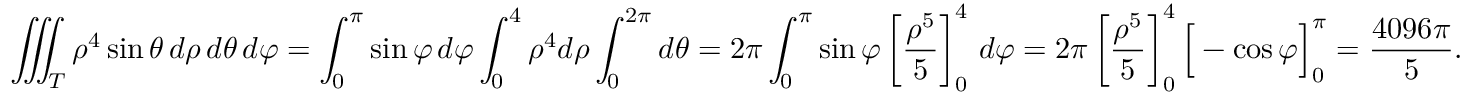
\iiint _ { T } \rho ^ { 4 } \sin \theta \, d \rho \, d \theta \, d \varphi = \int _ { 0 } ^ { \pi } \sin \varphi \, d \varphi \int _ { 0 } ^ { 4 } \rho ^ { 4 } d \rho \int _ { 0 } ^ { 2 \pi } d \theta = 2 \pi \int _ { 0 } ^ { \pi } \sin \varphi \left[ { \frac { \rho ^ { 5 } } { 5 } } \right] _ { 0 } ^ { 4 } \, d \varphi = 2 \pi \left[ { \frac { \rho ^ { 5 } } { 5 } } \right] _ { 0 } ^ { 4 } { \Big [ } - \cos \varphi { \Big ] } _ { 0 } ^ { \pi } = { \frac { 4 0 9 6 \pi } { 5 } } .